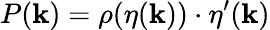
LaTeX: P(\mathbf{k})=\rho(\eta(\mathbf{k}))\cdot\eta^{\prime}(\mathbf{k})